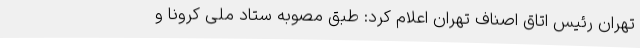
تهران رئیس اتاق اصناف تهران اعلام کرد: طبق مصوبه ستاد ملی کرونا و